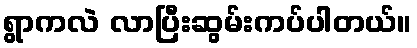
ရွာကလဲ လာပြီးဆွမ်းကပ်ပါတယ်။